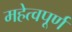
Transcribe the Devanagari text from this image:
महेत्वपूर्ण